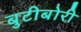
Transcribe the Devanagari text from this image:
बुटीबोरी